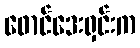
ဖောင်ဒေးရှင်းက